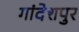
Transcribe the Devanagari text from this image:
गांदेशपुर